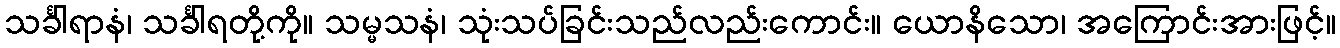
သင်္ခါရာနံ၊ သင်္ခါရတို့ကို။ သမ္မသနံ၊ သုံးသပ်ခြင်းသည်လည်းကောင်း။ ယောနိသော၊ အကြောင်းအားဖြင့်။